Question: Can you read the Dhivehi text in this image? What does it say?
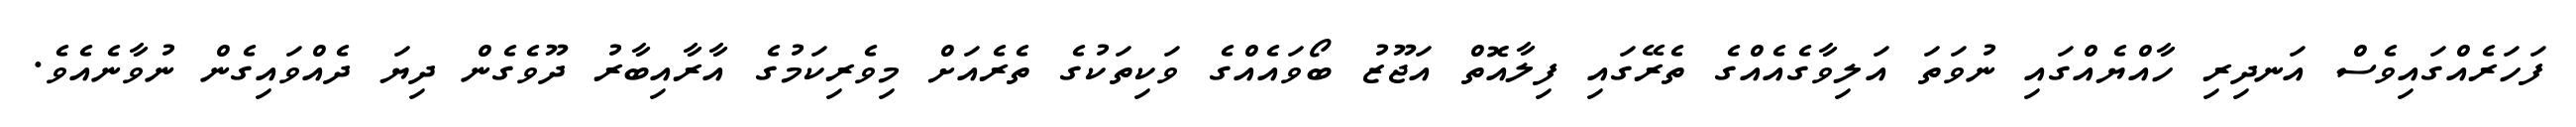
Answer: ފަހަރެއްގައިވެސް އަނދިރި ހާއްޔެއްގައި ނުވަތަ އަލިވާގެއެއްގެ ތެރޭގައި ފިލާއޮތް އަޖޫޒު ބޯވައެއްގެ ވަކިތަކުގެ ތެރެއަށް މިވެރިކަމުގެ އާރާއިބާރު ދޫވެގެން ދިޔަ ދެއްވައިގެން ނުވާނެއެވެ.